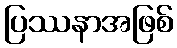
ပြဿနာအဖြစ်